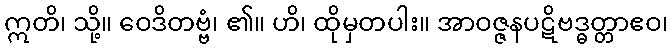
ဣတိ၊ သို့။ ဝေဒိတဗ္ဗံ၊ ၏။ ဟိ၊ ထိုမှတပါး။ အာဝဇ္ဇနပဋိဗဒ္ဓတ္တာဧဝ၊